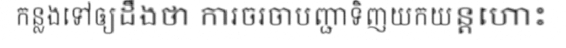
កន្លងទៅឲ្យដឹងថា ការចរចាបញ្ជាទិញយកយន្តហោះ